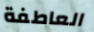
العاطفة